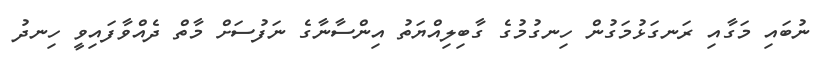
ނުބައި މަގާއި ރަނގަޅުމަގުން ހިނގުމުގެ ގާބިލިއްޔަތު އިންސާނާގެ ނަފުސަށް މާތް ދެއްވާފައިވީ ހިނދު